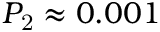
P _ { \mathrm { 2 } } \approx 0 . 0 0 1